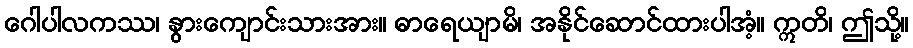
ဂေါပါလကဿ၊ နွားကျောင်းသားအား။ ဓာရေယျာမိ၊ အနိုင်ဆောင်ထားပါအံ့။ ဣတိ၊ ဤသို့။